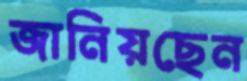
জানিয়ছেন